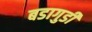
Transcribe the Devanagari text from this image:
बडागुडी